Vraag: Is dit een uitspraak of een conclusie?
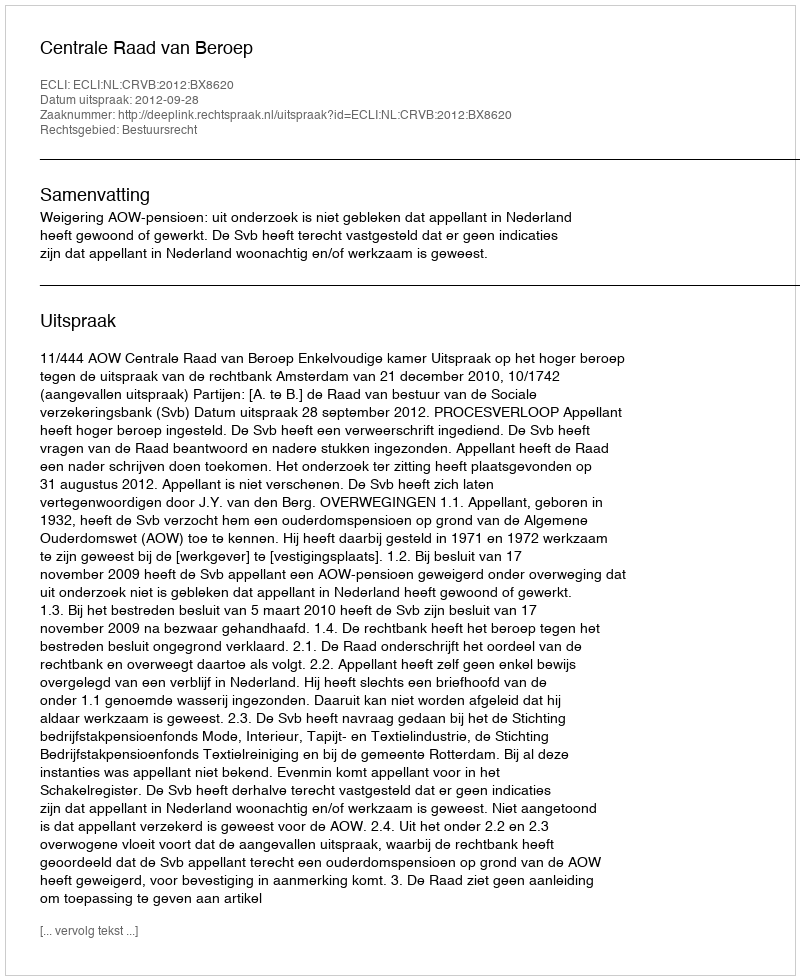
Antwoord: Uitspraak